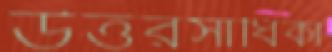
উত্তরসাধিকা